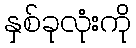
နှစ်ခုလုံးကို